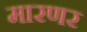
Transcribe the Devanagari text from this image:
मारणर